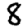
Digit: 8